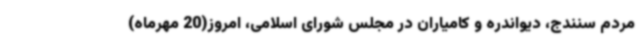
مردم سنندج، دیواندره و کامیاران در مجلس شورای اسلامی، امروز(20 مهرماه)